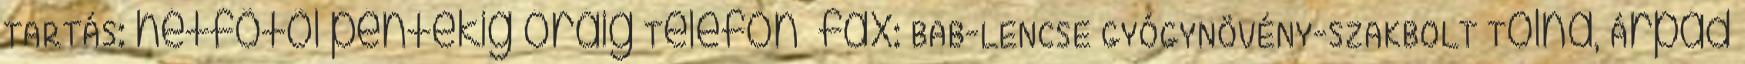
TARTÁS: hétfõtõl péntekig óráig Telefon fax: BAB-LENCSE GYÓGYNÖVÉNY-SZAKBOLT Tolna, Árpád